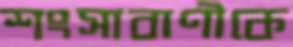
শংসাবাণীকে